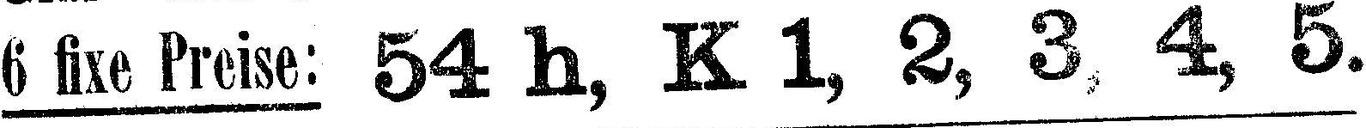
6 fixe Preise: 54 h, K 1, 2, 3, 4, 5.